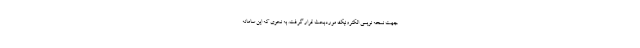
جهت نسخه نویسی الکترونیک موردبحث قرار گرفت. به نحوی که این سامانه